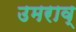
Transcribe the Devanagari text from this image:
उमराव्